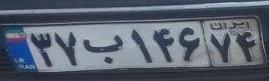
۳۷ب۱۴۶۷۴